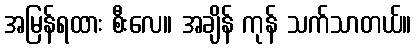
အမြန်ရထား စီးလေ။ အချိန် ကုန် သက်သာတယ်။